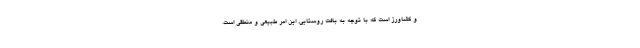
و کشاورز است که با توجه به بافت روستایی, این امر طبیعی و منطقی است.